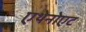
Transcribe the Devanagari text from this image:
एथेनोएट